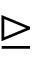
\trianglerighteq